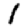
Digit: 1